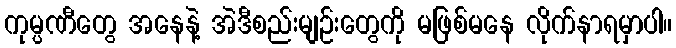
ကုမ္ပဏီတွေ အနေနဲ့ အဲဒီစည်းမျဉ်းတွေကို မဖြစ်မနေ လိုက်နာရမှာပါ။